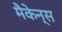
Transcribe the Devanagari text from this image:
मैकेन्स